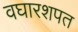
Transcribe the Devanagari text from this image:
वघारशपत